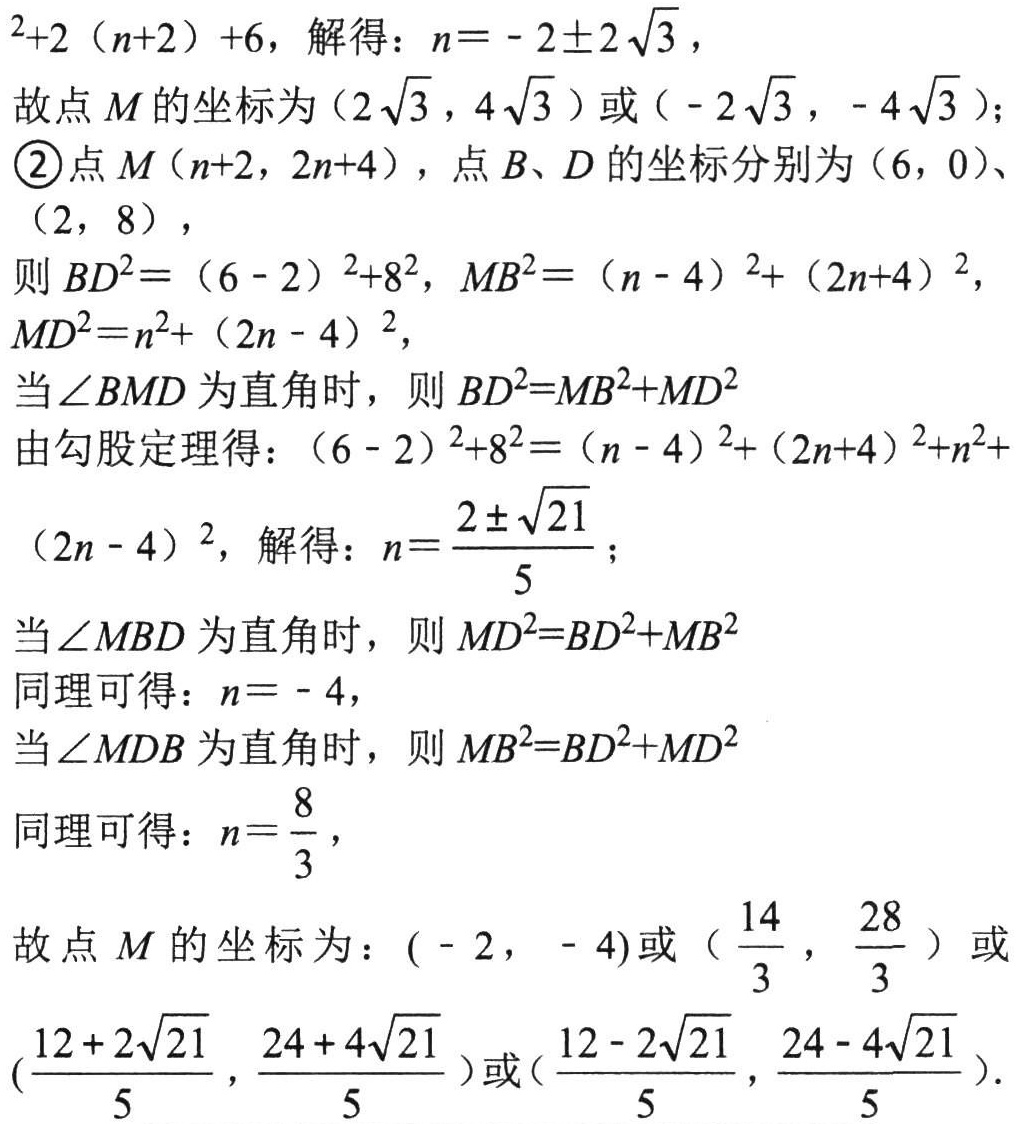
\(^{2}+2(n + 2)+6\)，解得：\(n=-2\pm2\sqrt{3}\)，
故点 \(M\) 的坐标为 \((2\sqrt{3},4\sqrt{3})\) 或 \((-2\sqrt{3},-4\sqrt{3})\)；
\textcircled{2}点 \(M(n + 2,2n + 4)\)，点 \(B、D\) 的坐标分别为 \((6,0)\)、
\((2,8)\)，
则 \(BD^{2}=(6 - 2)^{2}+8^{2}\)，\(MB^{2}=(n - 4)^{2}+(2n + 4)^{2}\)，
\(MD^{2}=n^{2}+(2n - 4)^{2}\)，
当 \(\angle BMD\) 为直角时，则 \(BD^{2}=MB^{2}+MD^{2}\)
由勾股定理得：\((6 - 2)^{2}+8^{2}=(n - 4)^{2}+(2n + 4)^{2}+n^{2}+(2n - 4)^{2}\)，解得：\(n=\frac{2\pm\sqrt{21}}{5}\)；
当 \(\angle MBD\) 为直角时，则 \(MD^{2}=BD^{2}+MB^{2}\)
同理可得：\(n = - 4\)，
当 \(\angle MDB\) 为直角时，则 \(MB^{2}=BD^{2}+MD^{2}\)
同理可得：\(n=\frac{8}{3}\)，
故点 \(M\) 的坐标为：\((-2,-4)\) 或 \((\frac{14}{3},\frac{28}{3})\) 或
\((\frac{12 + 2\sqrt{21}}{5},\frac{24 + 4\sqrt{21}}{5})\)或\((\frac{12 - 2\sqrt{21}}{5},\frac{24 - 4\sqrt{21}}{5})\).